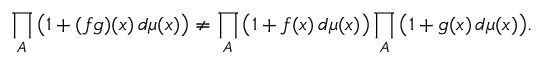
\prod _ { A } { \big ( } 1 + ( f g ) ( x ) \, d \mu ( x ) { \big ) } \neq \prod _ { A } { \big ( } 1 + f ( x ) \, d \mu ( x ) { \big ) } \prod _ { A } { \big ( } 1 + g ( x ) \, d \mu ( x ) { \big ) } .